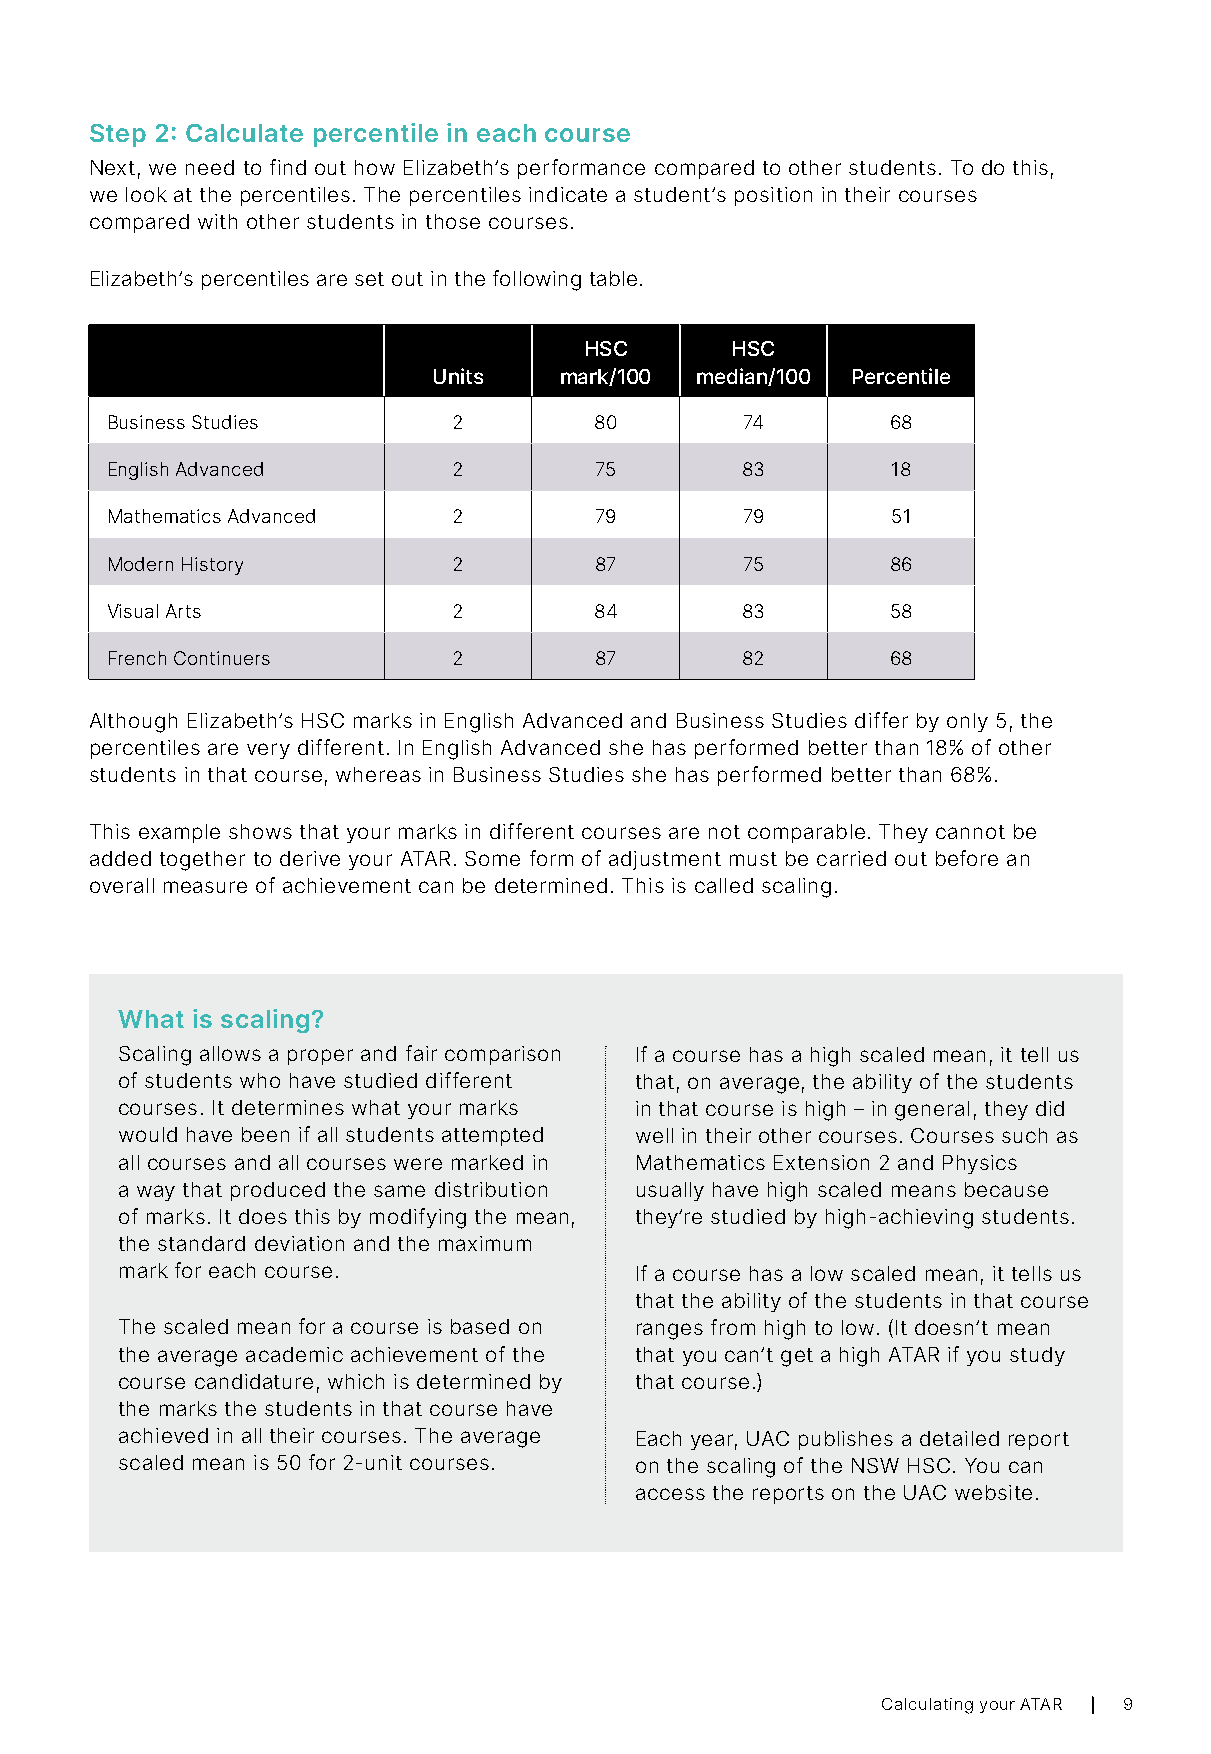
Step 2: Calculate percentile in each course
 Next, we need to find out how Elizabeth’s performance compared to other students. To do this,
 we look at the percentiles. The percentiles indicate a student’s position in their courses
 compared with other students in those courses.
 Elizabeth’s percentiles are set out in the following table.
 HSC      HSC
 Units   mark/100 median/100 Percentile
 Business Studies       2        80        74        68
 English Advanced       2        75        83        18
 Mathematics Advanced   2        79        79        51
 Modern History         2        87        75        86
 Visual Arts            2        84        83        58
 French Continuers      2        87        82        68
 Although Elizabeth’s HSC marks in English Advanced and Business Studies differ by only 5, the
 percentiles are very different. In English Advanced she has performed better than 18% of other
 students in that course, whereas in Business Studies she has performed better than 68%.
 This example shows that your marks in different courses are not comparable. They cannot be
 added together to derive your ATAR. Some form of adjustment must be carried out before an
 overall measure of achievement can be determined. This is called scaling.
 What is scaling?
 Scaling allows a proper and fair comparison If a course has a high scaled mean, it tell us
 of students who have studied different that, on average, the ability of the students
 courses. It determines what your marks in that course is high – in general, they did
 would have been if all students attempted well in their other courses. Courses such as
 all courses and all courses were marked in Mathematics Extension 2 and Physics
 a way that produced the same distribution usually have high scaled means because
 of marks. It does this by modifying the mean, they’re studied by high-achieving students.
 the standard deviation and the maximum
 mark for each course.             If a course has a low scaled mean, it tells us
 that the ability of the students in that course
 The scaled mean for a course is based on ranges from high to low. (It doesn’t mean
 the average academic achievement of the that you can’t get a high ATAR if you study
 course candidature, which is determined by that course.)
 the marks the students in that course have
 achieved in all their courses. The average Each year, UAC publishes a detailed report
 scaled mean is 50 for 2-unit courses. on the scaling of the NSW HSC. You can
 access the reports on the UAC website.
 Calculating your ATAR 9